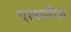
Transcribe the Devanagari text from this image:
एलामीज